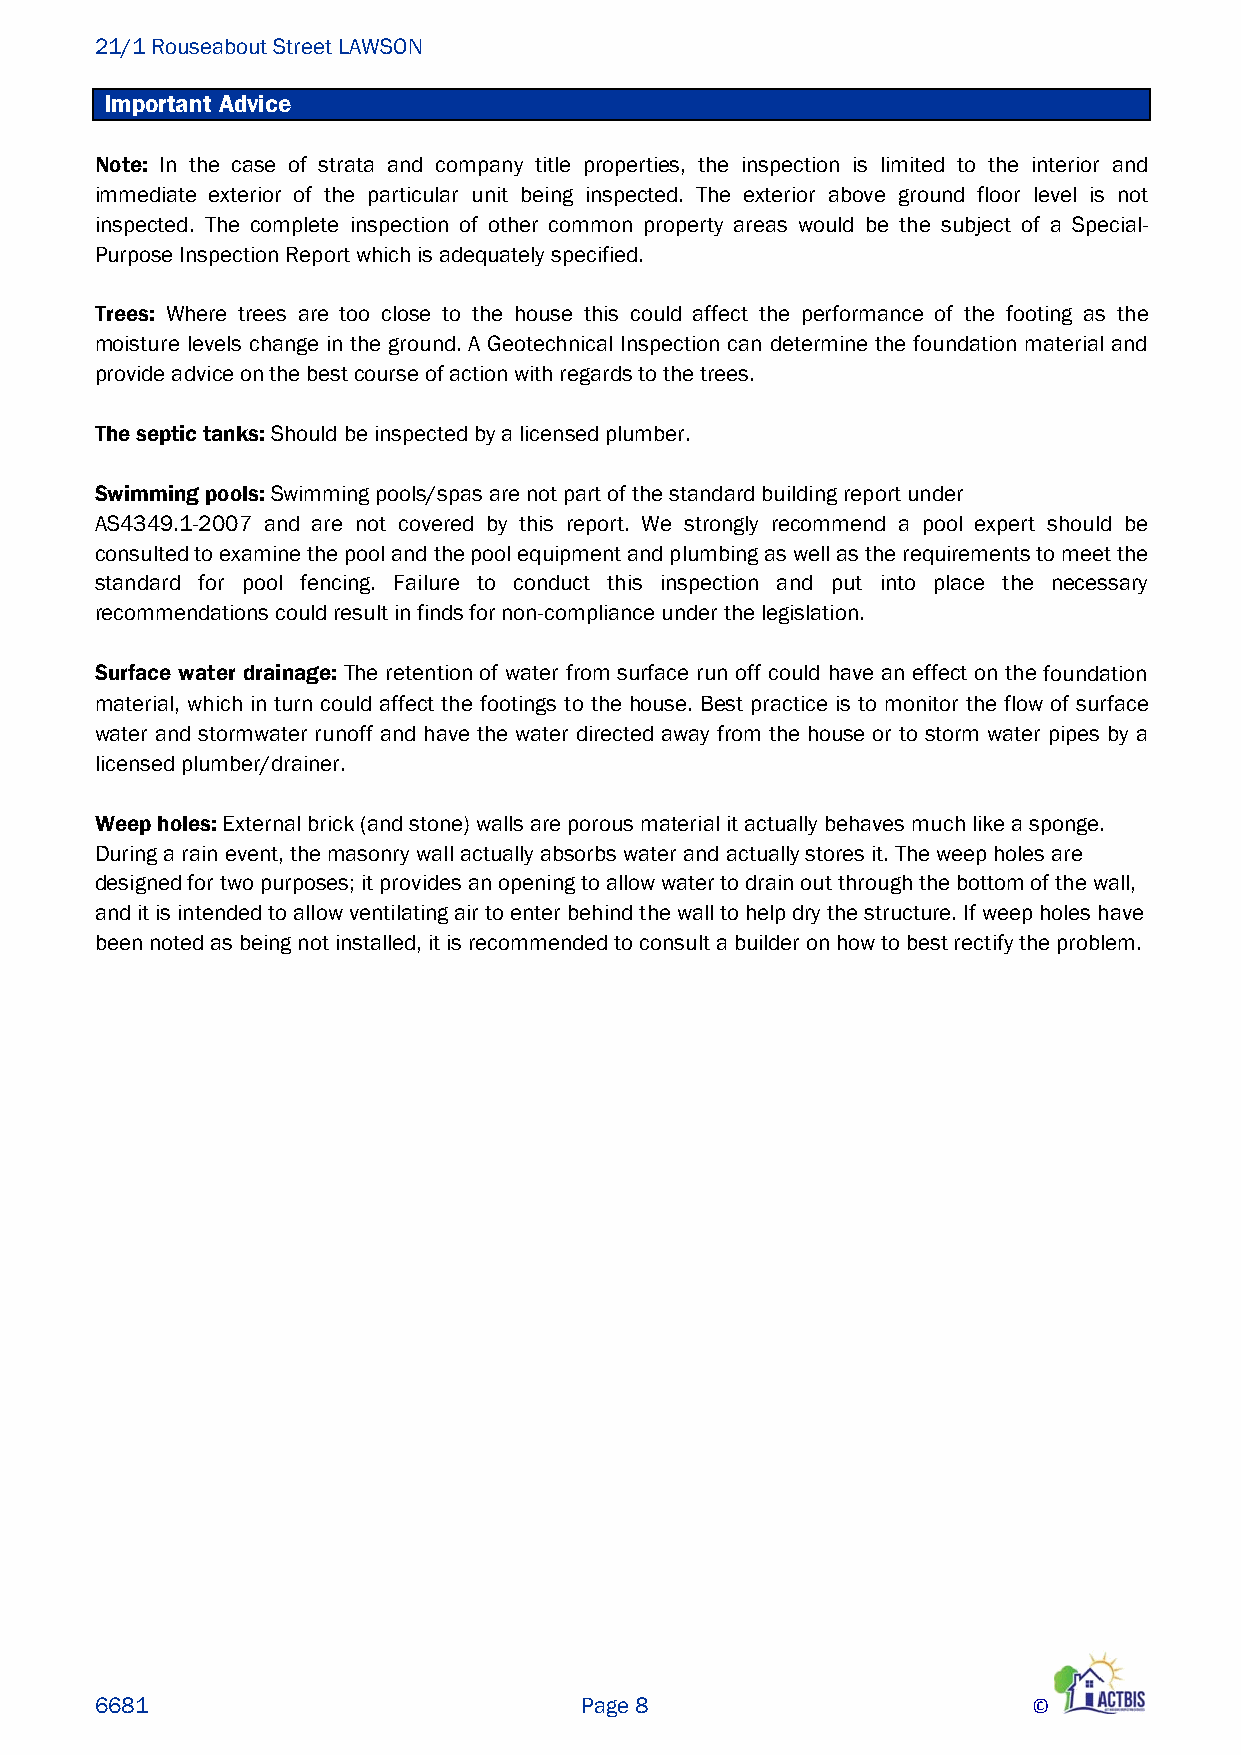
21/1 Rouseabout Street LAWSON
 Important Advice
 Note: In the case of strata and company title properties, the inspection is limited to the interior and
 immediate exterior of the particular unit being inspected. The exterior above ground floor level is not
 inspected. The complete inspection of other common property areas would be the subject of a Special-
 Purpose Inspection Report which is adequately specified.
 Trees: Where trees are too close to the house this could affect the performance of the footing as the
 moisture levels change in the ground. A Geotechnical Inspection can determine the foundation material and
 provide advice on the best course of action with regards to the trees.
 The septic tanks: Should be inspected by a licensed plumber.
 Swimming pools: Swimming pools/spas are not part of the standard building report under
 AS4349.1-2007 and are not covered by this report. We strongly recommend a pool expert should be
 consulted to examine the pool and the pool equipment and plumbing as well as the requirements to meet the
 standard for pool fencing. Failure to conduct this inspection and put into place the necessary
 recommendations could result in finds for non-compliance under the legislation.
 Surface water drainage: The retention of water from surface run off could have an effect on the foundation
 material, which in turn could affect the footings to the house. Best practice is to monitor the flow of surface
 water and stormwater runoff and have the water directed away from the house or to storm water pipes by a
 licensed plumber/drainer.
 Weep holes: External brick (and stone) walls are porous material it actually behaves much like a sponge.
 During a rain event, the masonry wall actually absorbs water and actually stores it. The weep holes are
 designed for two purposes; it provides an opening to allow water to drain out through the bottom of the wall,
 and it is intended to allow ventilating air to enter behind the wall to help dry the structure. If weep holes have
 been noted as being not installed, it is recommended to consult a builder on how to best rectify the problem.
 6681                            Page 8                        ©